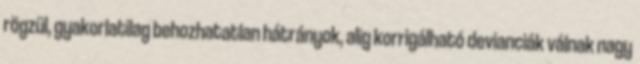
rögzül, gyakorlatilag behozhatatlan hátrányok, alig korrigálható devianciák válnak nagy